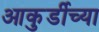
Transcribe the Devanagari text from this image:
आकुर्डीच्या